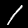
Digit: 1